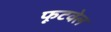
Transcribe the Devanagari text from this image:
फूटवेल